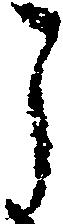
う